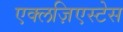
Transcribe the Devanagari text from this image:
एक्लज़िएस्टेस